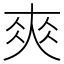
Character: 𡙁